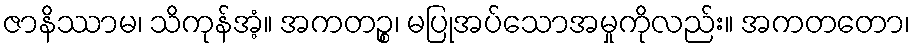
ဇာနိဿာမ၊ သိကုန်အံ့။ အကတဉ္စ၊ မပြုအပ်သောအမှုကိုလည်း။ အကတတော၊